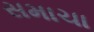
સમાચા